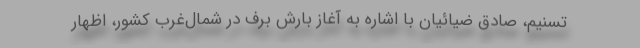
تسنیم، صادق ضیائیان با اشاره به آغاز بارش برف در شمال‌غرب کشور، اظهار